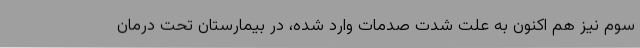
سوم نیز هم اکنون به علت شدت صدمات وارد شده، در بیمارستان تحت درمان